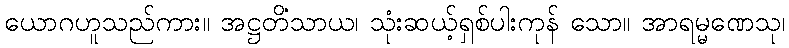
ယောဂဟူသည်ကား။ အဋ္ဌတိံသာယ၊ သုံးဆယ့်ရှစ်ပါးကုန် သော။ အာရမ္မဏေသု၊